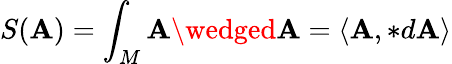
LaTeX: S(\mathbf{A})=\int_{M}\mathbf{A}\wedged\mathbf{A}=\langle\mathbf{A},*d\mathbf{A}\rangle